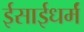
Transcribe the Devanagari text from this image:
ईसाईधर्मं